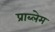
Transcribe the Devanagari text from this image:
प्राब्लेम